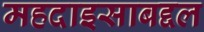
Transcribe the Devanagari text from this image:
महदाइसाबद्दल